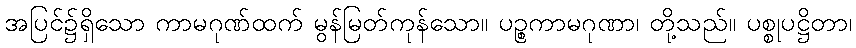
အပြင်၌ရှိသော ကာမဂုဏ်ထက် မွန်မြတ်ကုန်သော။ ပဉ္စကာမဂုဏာ၊ တို့သည်။ ပစ္စုပဋ္ဌိတာ၊